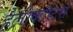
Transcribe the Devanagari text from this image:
हेलीकॉप्टर्स